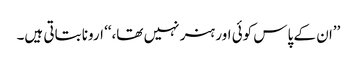
’’ان کے پاس کوئی اور ہنر نہیں تھا،‘‘ ارونا بتاتی ہیں۔